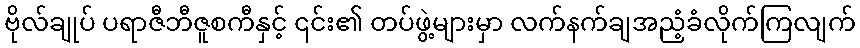
ဗိုလ်ချုပ် ပရာဇီဘီဇူစကီနှင့် ၎င်း၏ တပ်ဖွဲ့များမှာ လက်နက်ချအညံ့ခံလိုက်ကြလျက်